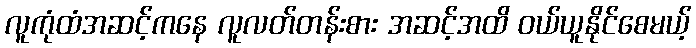
လူကုံထံအဆင့်ကနေ လူလတ်တန်းစား အဆင့်အထိ ဝယ်ယူနိုင်စေမယ့်